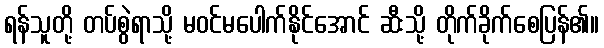
ရန်သူတို့ တပ်စွဲရာသို့ မဝင်မပေါက်နိုင်အောင် ဆီးသို့ တိုက်ခိုက်စေပြန်၏။